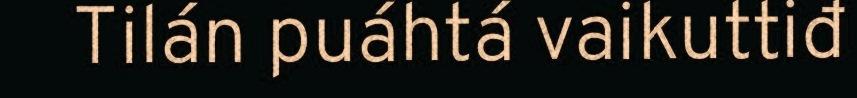
Tilán puáhtá vaikuttiđ